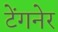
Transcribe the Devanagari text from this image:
टेंगनेर